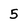
Character: 5